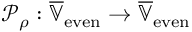
\mathcal { P } _ { \rho } : \overline { { \mathbb { V } } } _ { \mathrm { e v e n } } \rightarrow \overline { { \mathbb { V } } } _ { \mathrm { e v e n } }